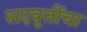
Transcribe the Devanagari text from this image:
सदवृत्तींचा